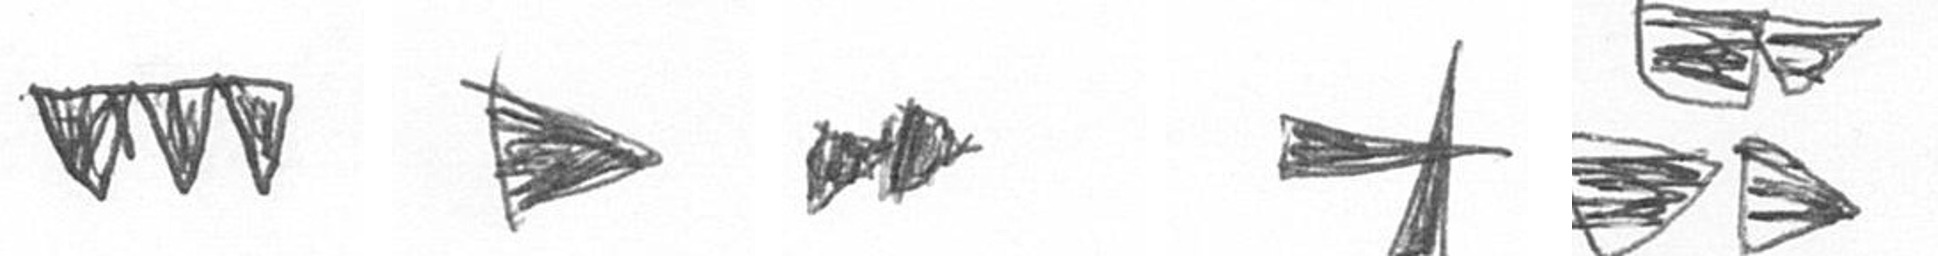
L T A G B